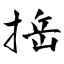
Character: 捳